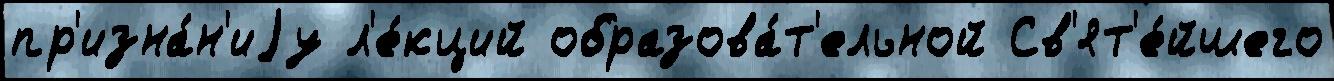
пр'изна́н'иjу л'е́кций образова́т'ельной Св'ят'е́йшего